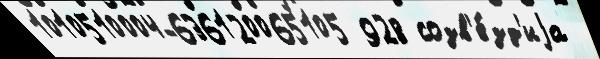
1010510004-636120065105 928 созв'е́зд'иjа